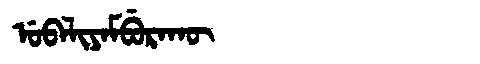
Manchu: ᡠᠪᠠᠯᡳᠶᠠᠮᠪᡠᡵᠠᡴᡡ
Romanization: UBALIYAMBURAKŪ